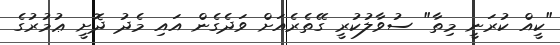
"ކީއް ކުރަނީ މިތާ" ސުވާލުކުރީ ގޭތެރެއަށް ވަދެގެން އައި މެދު ދޮށީ ޢުމުރުގެ